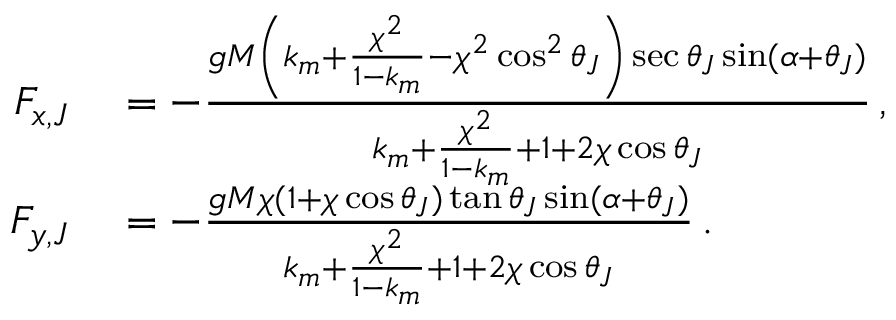
\begin{array} { r l } { F _ { x , J } } & { { } = - \frac { g M \left( k _ { m } + \frac { \chi ^ { 2 } } { 1 - k _ { m } } - \chi ^ { 2 } \cos ^ { 2 } \theta _ { J } \right) \sec \theta _ { J } \sin ( \alpha + \theta _ { J } ) } { k _ { m } + \frac { \chi ^ { 2 } } { 1 - k _ { m } } + 1 + 2 \chi \cos \theta _ { J } } \, , } \\ { F _ { y , J } } & { { } = - \frac { g M \chi ( 1 + \chi \cos \theta _ { J } ) \tan \theta _ { J } \sin ( \alpha + \theta _ { J } ) } { k _ { m } + \frac { \chi ^ { 2 } } { 1 - k _ { m } } + 1 + 2 \chi \cos \theta _ { J } } \, . } \end{array}